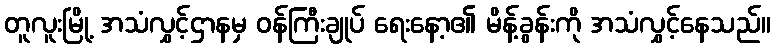
တူလူးမြို့ အသံလွှင့်ဌာနမှ ဝန်ကြီးချုပ် ရေးနော့၏ မိန့်ခွန်းကို အသံလွှင့်နေသည်။